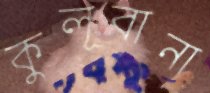
কুলূবানা